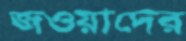
জওয়াদের